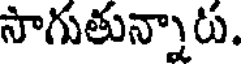
సాగుతున్నారు.